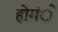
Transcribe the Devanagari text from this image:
होगंें